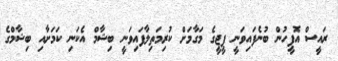
ރައީސް އޮފީހުން ބުނެފައިވަނީ ޕީޖީގެ މަގާމަށް ކުރިމަތިލާފައިވަނީ ބިޝާމް އެކަނި ކަމަށާއި ބިޝާމްގެ